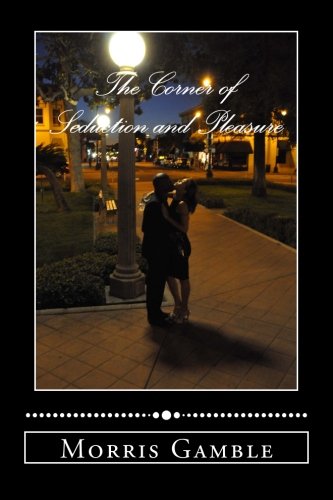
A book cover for The Corner of Seduction and Pleasure; Morris Gamble; Romance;